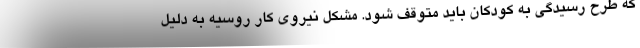
که طرح رسیدگی به کودکان باید متوقف شود. مشکل نیروی کار روسیه به دلیل